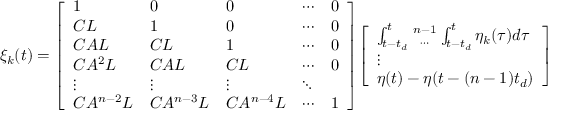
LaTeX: \xi _ { k } ( t ) = { \left[ \begin{array} { l l l l l } { 1 } & { 0 } & { 0 } & { \cdots } & { 0 } \\ { C L } & { 1 } & { 0 } & { \cdots } & { 0 } \\ { C A L } & { C L } & { 1 } & { \cdots } & { 0 } \\ { C A ^ { 2 } L } & { C A L } & { C L } & { \cdots } & { 0 } \\ { \vdots } & { \vdots } & { \vdots } & { \ddots } \\ { C A ^ { n - 2 } L } & { C A ^ { n - 3 } L } & { C A ^ { n - 4 } L } & { \cdots } & { 1 } \end{array} \right] } { \left[ \begin{array} { l } { \int _ { t - t _ { d } } ^ { t } { { n - 1 } \atop \cdots } \int _ { t - t _ { d } } ^ { t } \eta _ { k } ( \tau ) d \tau } \\ { \vdots } \\ { \eta ( t ) - \eta ( t - ( n - 1 ) t _ { d } ) } \end{array} \right] }